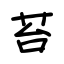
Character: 苔